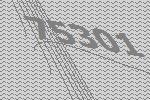
75301